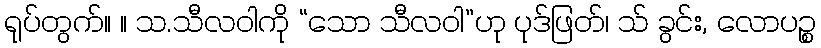
ရုပ်တွက်။ ။ သ.သီလဝါကို “သော သီလဝါ”ဟု ပုဒ်ဖြတ်၊ သ် ခွင်း, လောပဉ္စ